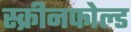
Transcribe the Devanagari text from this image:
स्क्रीनफोल्ड